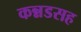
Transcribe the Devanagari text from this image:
कन्नडसह